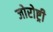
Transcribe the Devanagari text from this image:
जोरोष्ट्री